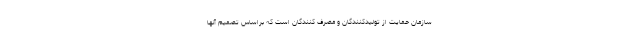
سازمان حمایت از تولیدکنندگان و مصرف کنندگان است که براساس تصمیم آنها